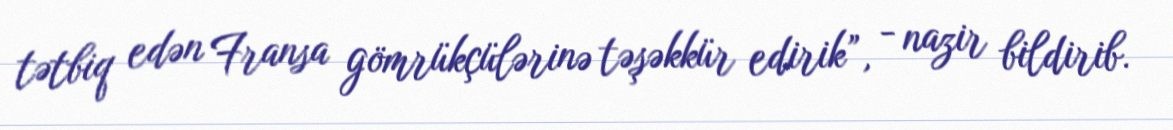
tətbiq edən Fransa gömrükçülərinə təşəkkür edirik”, - nazir bildirib.